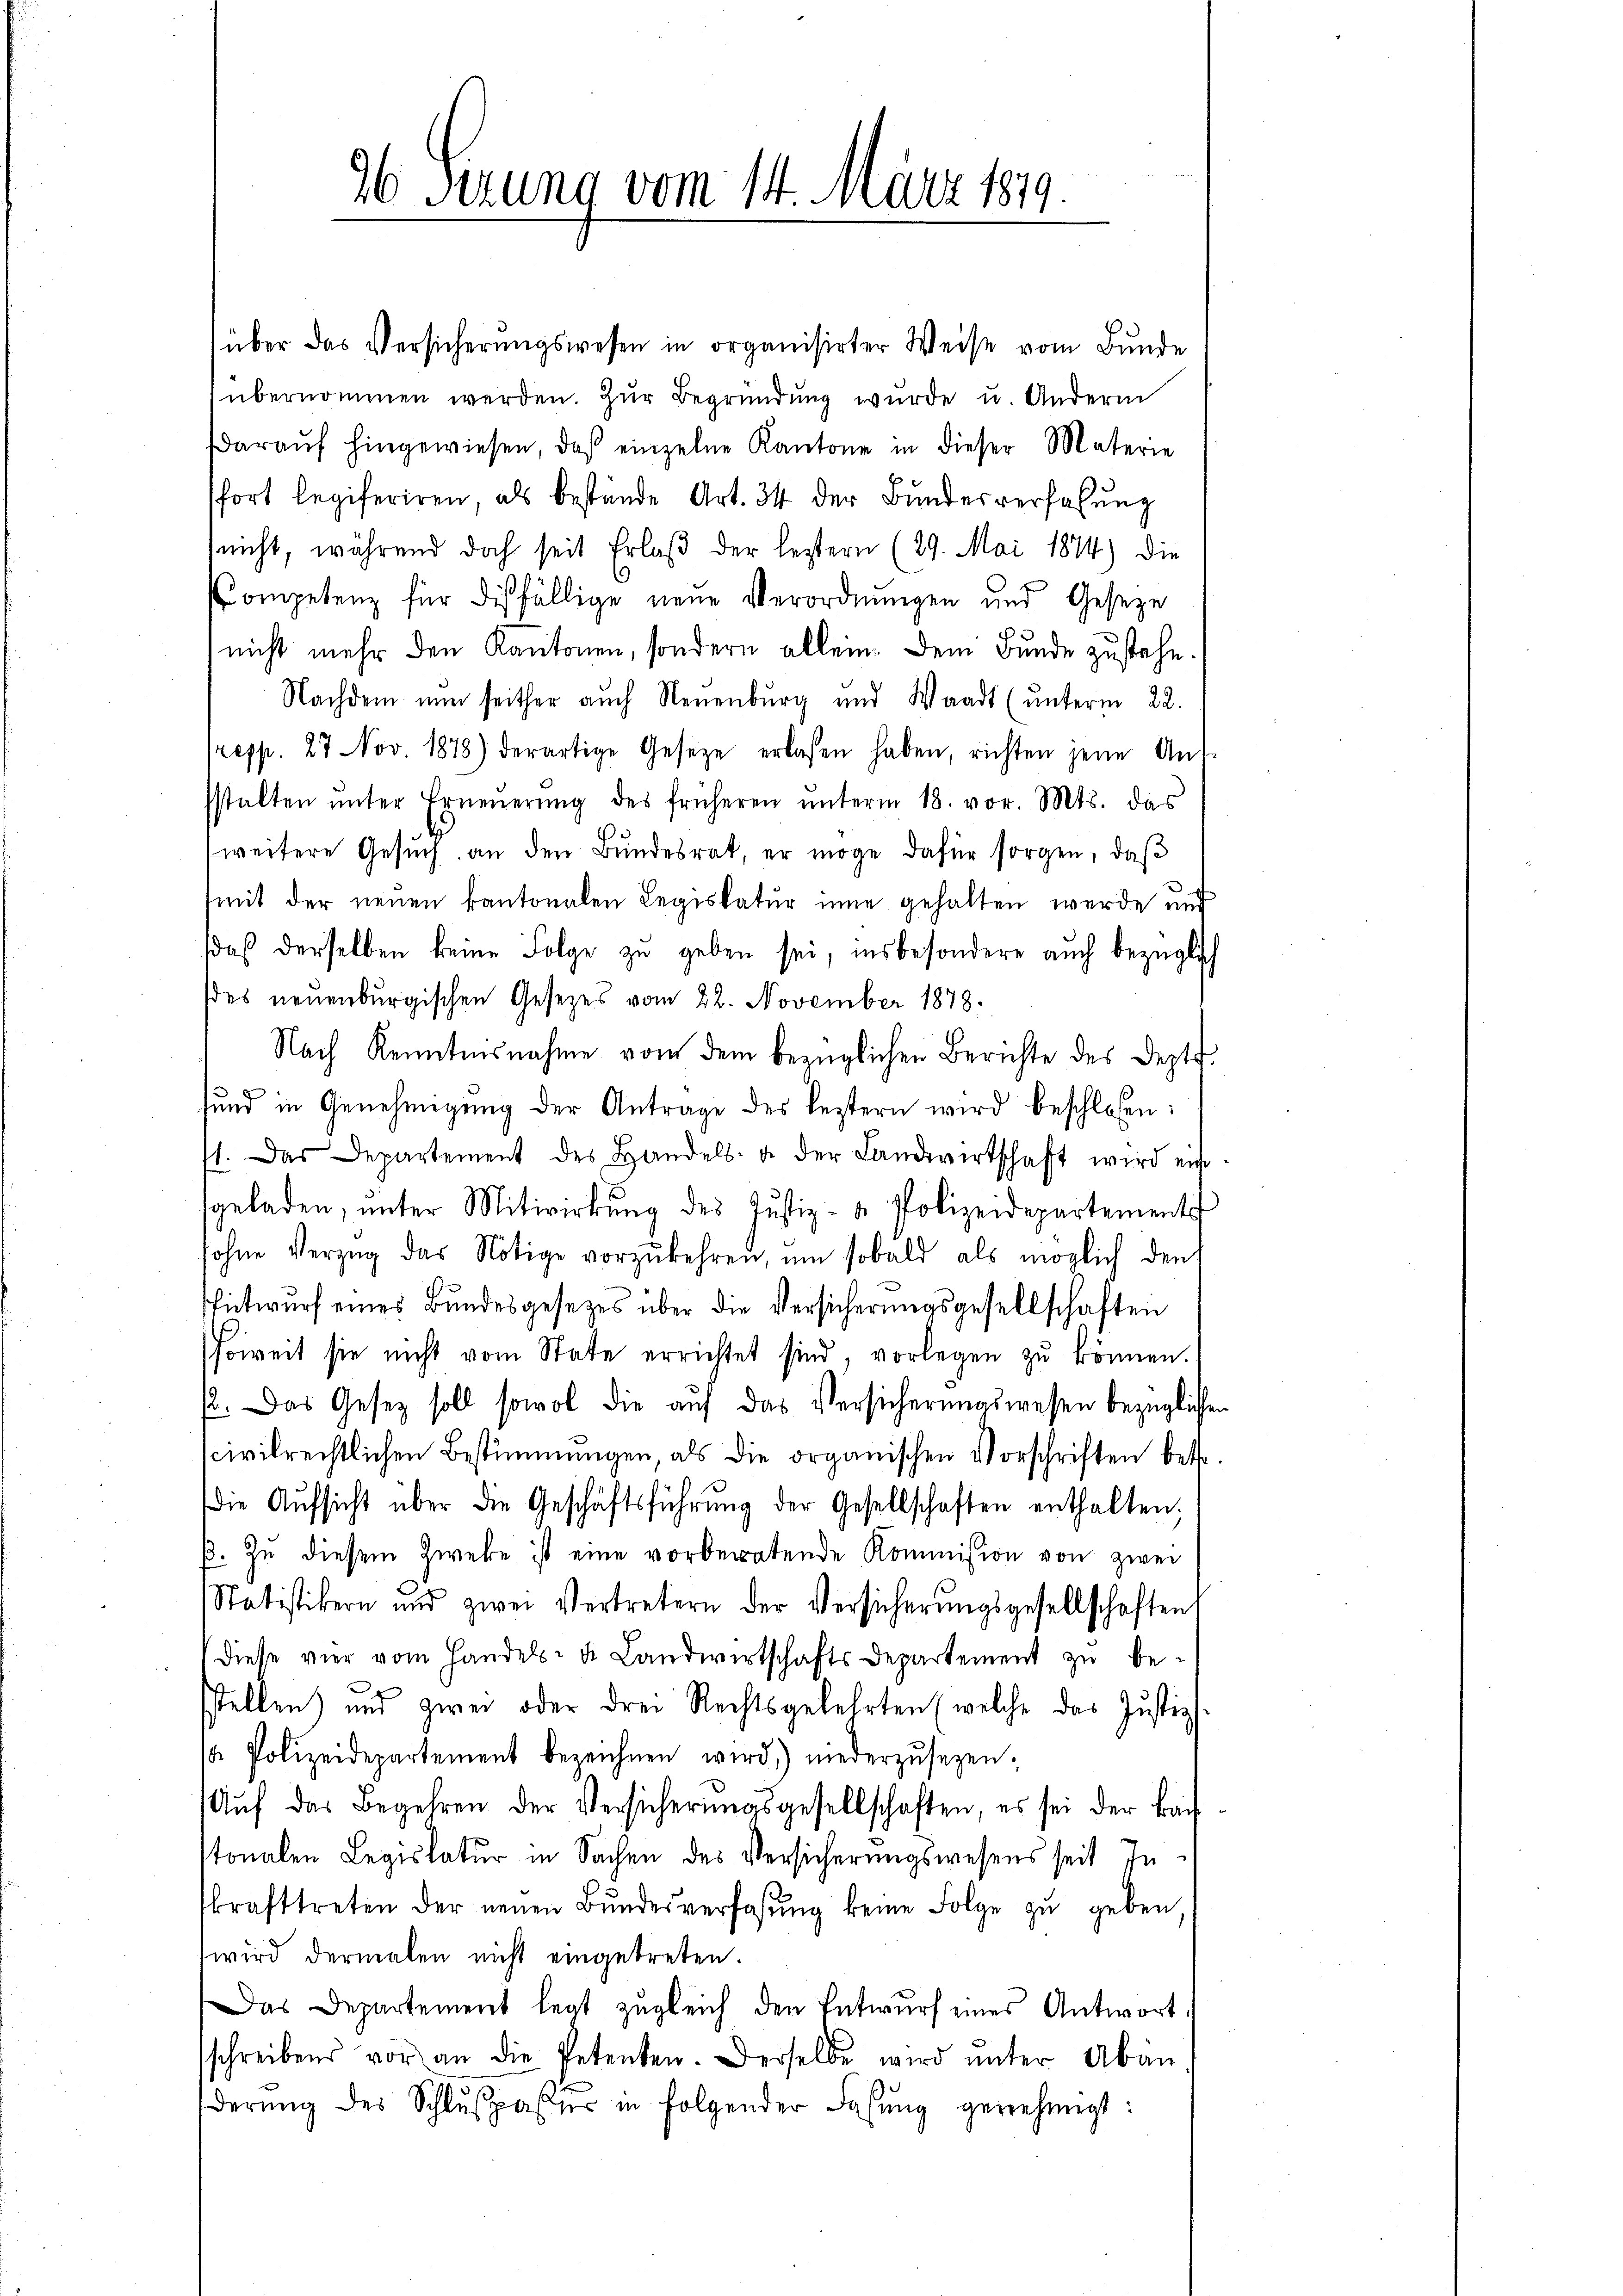
96 Sezung vom 14. März 1819.

über das Versicherungswesen in organisirter Weise vom Bunde
übernommen werden. Zur Begründung wurde u. Andern
araŭf hingewiesen, daß einzelne Kantone in dieser Materie
fort legiferiren, als bestände Art. 34 der Bundesverfahung
nicht, während doch seit Erlaß der lestern (29. Mai 1874) Die
Kompetenz für diesfällige neue Verordnungen und Geseze
nicht mehr den Kantonen, sondern allein. Dem Bunde zustehe.
Nachdem nun seither auch Neuenburg und Waadt (unterm 22.
resp. 27 Nov. 1878) derartige Gesetze erlassen haben, richten jene Auf-
stalten ŭnter Erneŭerŭng des früheren ŭnterm 18. vor. Mts. das
weitere Gesŭch an den Bŭndesrat, er möge dafür sorgen, daβ
(mit der neuen kantonalen Legiskatur inne gehalten werde und
daß derselben keine Folge zu geben sei, insbesondere auch bezüglic
es neuenburgischen Gesetzes vom 22. November 1878.
Nach Kenntnisnahme von dem bezüglichen Berichte des Dept.
sund in Genehmigung der Antrage des leztern wird beschloßen:
1. Das Departement des Handels- u. der Landwirtschaft wird ein-
sgeladen, ŭnter Mitwirkŭng des Justiz- & Polizeidepartements
sohne Verzug das Nötige vorzukehren, um sobald als möglich den
Entwurf eines Bundesgesezes über die Versicherungsgesellschaften
soweit sie nicht vom State errichtet sind, vorlegen zu können.
p. Das Gesetz soll sowol die auf das Versicherungswesen bezüglichen
scivilrechtlichen Bestimmungen, als die organischen Vorschriften betr.
die Aŭfsicht über die Geschäftsführŭng der Gesellschaften enthalten;
β. Zŭ diesem Zweke ist eine vorberatende Kommission von zwei
Statistikern und zwei Vertretern der Versicherungsgesellschaften
diese vier vom Handels- u. Landwirtschaftsdepartement zŭ be-
.
sstellen) und zwei oder drei Rechtsgelehrten (welche das Justiz
1. Polizeidepartement bezeichnen wird niederzŭsezen,
Aŭf das Begehren der Versicherungsgesellschaften, es sei der Bau
tonalen Legislatur in Sachen des Versicherungswesens seit In
krafttreten der neuen Bŭndesverfassung keine Folge zu geben
wird dermalen nicht eingetreten.
Das Departement legt zugleich den Entwurf eines Antwort,
sschreibens vor an die Petenten. Derselbe wird ŭnter Abän
derŭng des Schlŭβpasser in folgender Lasŭng genehmigt: